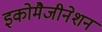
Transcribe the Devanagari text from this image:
इकोमैजीनेशन